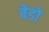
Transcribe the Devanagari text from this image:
बेडो